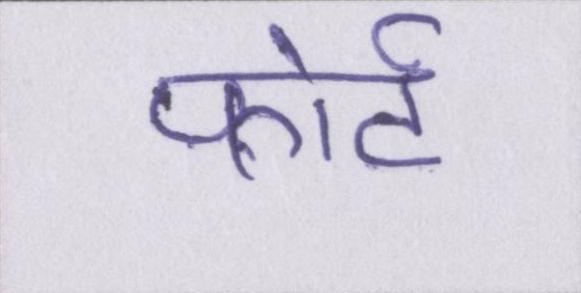
फोर्ट